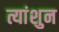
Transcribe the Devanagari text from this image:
त्यांशुन